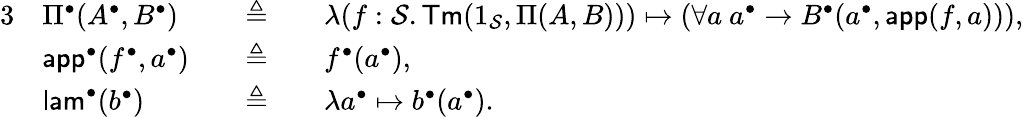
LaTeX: \begin{array}{rlrlrl}{{3}}&{\Pi^{\bullet}(A^{\bullet},B^{\bullet})}&&{\triangleq}&&{\lambda(f:\mathcal{S}.\mathsf{Tm}(1_{\mathcal{S}},\Pi(A,B)))\mapsto(\forall a\ a^{\bullet}\to B^{\bullet}(a^{\bullet},\mathsf{app}(f,a))),}\\ &{\mathsf{app}^{\bullet}(f^{\bullet},a^{\bullet})}&&{\triangleq}&&{f^{\bullet}(a^{\bullet}),}\\ &{\mathsf{lam}^{\bullet}(b^{\bullet})}&&{\triangleq}&&{\lambda a^{\bullet}\mapsto b^{\bullet}(a^{\bullet}).}\end{array}